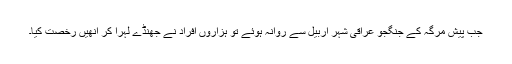
جب پیش مرگہ کے جنگجو عراقی شہر اربیل سے روانہ ہوئے تو ہزاروں افراد نے جھنڈے لہرا کر انھیں رخصت کیا۔